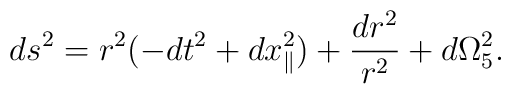
ds^2 = r^2(-dt^2 + dx_{\parallel}^2) + {dr^2\over r^2} + d \Omega_5^2.